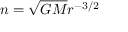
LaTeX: n = { \sqrt { G M } } r ^ { - 3 / 2 }